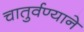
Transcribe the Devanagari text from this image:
चातुर्वण्याने